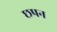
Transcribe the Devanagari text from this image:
छपन